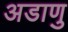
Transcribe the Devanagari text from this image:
अडाणु